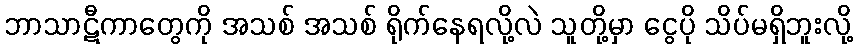
ဘာသာဋီကာတွေကို အသစ် အသစ် ရိုက်နေရလို့လဲ သူတို့မှာ ငွေပို သိပ်မရှိဘူးလို့